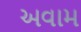
અવામ